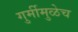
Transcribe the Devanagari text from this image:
गुर्मीमुळेच